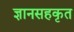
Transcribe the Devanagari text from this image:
ज्ञानसहकृत